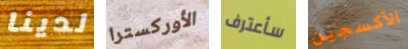
لدينا الأوركسترا سأعترف الأكسجين